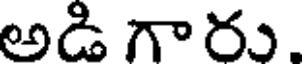
అడి గారు.